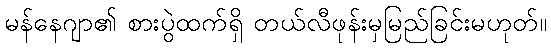
မန်နေဂျာ၏ စားပွဲထက်ရှိ တယ်လီဖုန်းမှမြည်ခြင်းမဟုတ်။